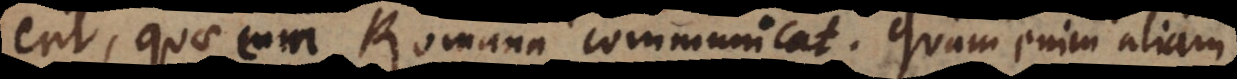
erit, quae cum Romana communicat. Quam enim aliam